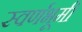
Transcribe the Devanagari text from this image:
स्वर्णभूमी